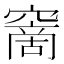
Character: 𥧮